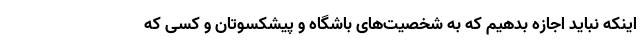
اینکه نباید اجازه بدهیم که به شخصیت‌های باشگاه و پیشکسوتان و کسی که